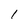
Character: 1